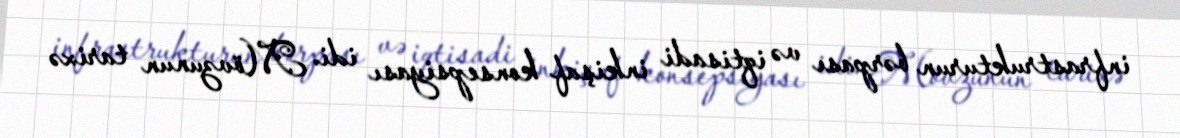
infrastrukturun bərpası və iqtisadi inkişaf konsepsiyası idi. Mövzunun tarixə